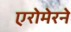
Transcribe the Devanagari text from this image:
एरोमेरने